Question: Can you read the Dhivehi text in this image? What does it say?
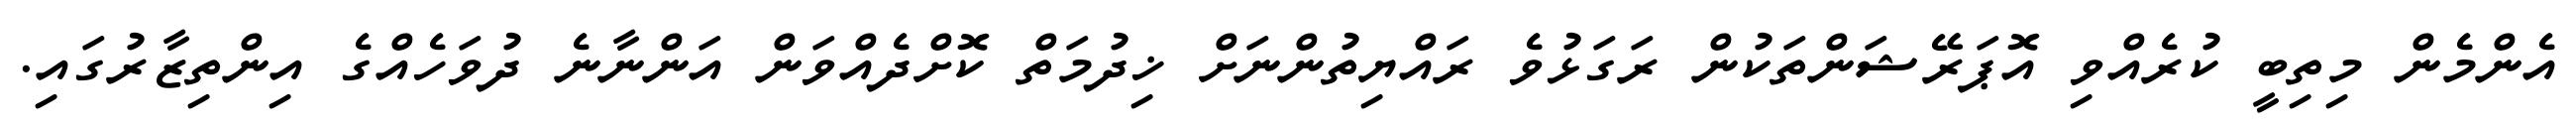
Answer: އެންމެން މިތިބީ ކުރެއްވި އޮޕަރޭޝަންތަކުން ރަގަޅުވެ ރައްޔިތުންނަށް ޚިދުމަތް ކޮށްދެއްވަން އަންނާނެ ދުވަހެއްގެ އިންތިޒާރުގައި.